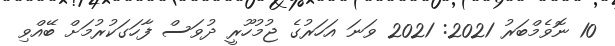
10 ނޮވެމްބަރު 2021: 2021 ވަނަ އަހަރުގެ ޖުމުހޫރީ ދުވަސް ފާހަގަކުރުމަށް ބޭއްވި